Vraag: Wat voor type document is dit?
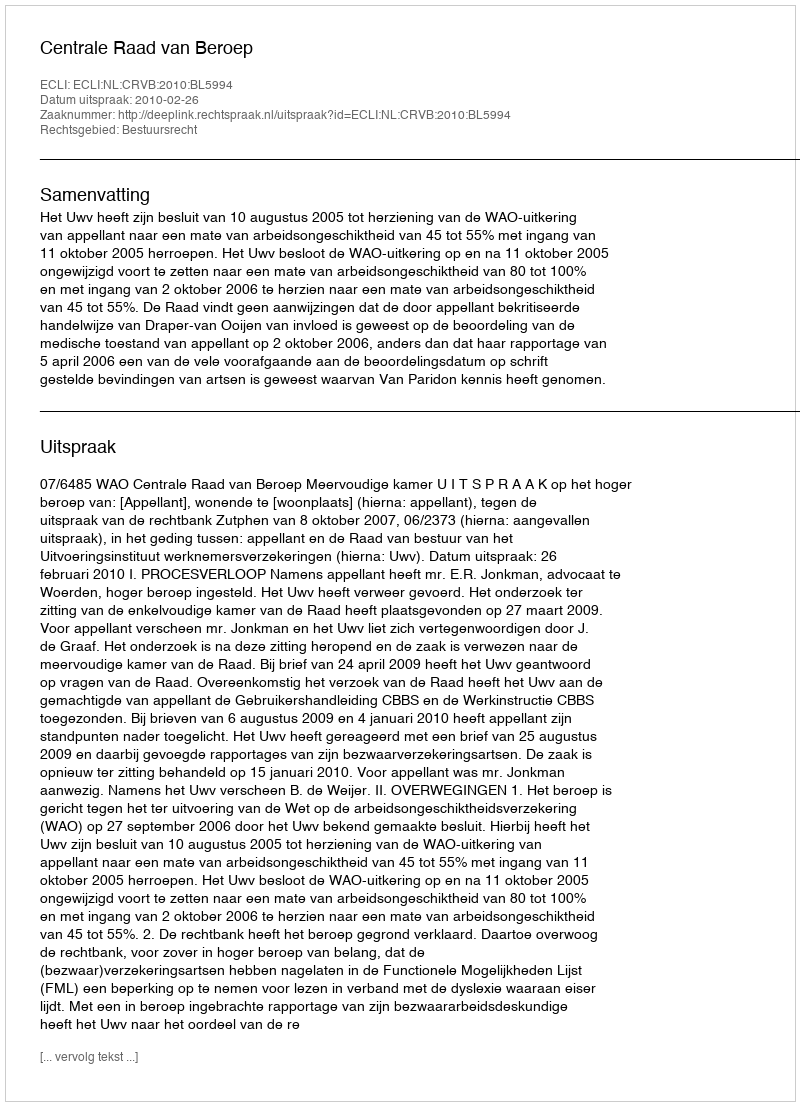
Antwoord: Uitspraak